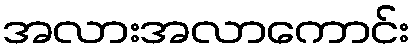
အလားအလာကောင်း